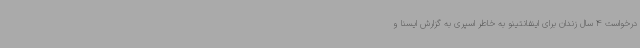
درخواست 4 سال زندان برای اینفانتینو به خاطر اسپری به گزارش ایسنا و